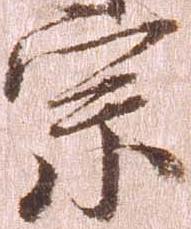
宗